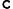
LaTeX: _\texttt{c}